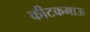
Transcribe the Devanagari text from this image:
कीटकभाऊ